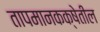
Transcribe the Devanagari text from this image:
तापमानकक्षेतील